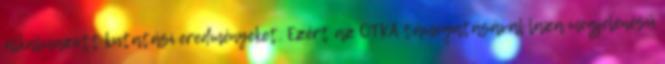
alkalmazott kutatási eredményeket. Ezért az OTKA támogatásával laza megjelenésű